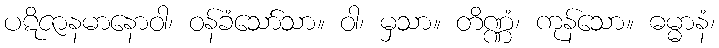
ပဋိဇာနမာနောဝါ၊ ဝန်ခံသော်သာ။ ဝါ၊ မှသာ။ တိဏ္ဏံ၊ ကုန်သော။ ဓမ္မာနံ၊